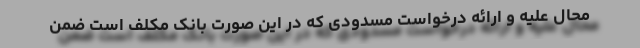
محال علیه و ارائه درخواست مسدودی که در این صورت بانک مکلف است ضمن